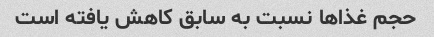
حجم غذاها نسبت به سابق کاهش یافته است